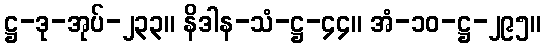
ဋ္ဌ-ဒု-အုပ်-၂၃၃။ နိဒါန-သံ-ဋ္ဌ-၄၄။ အံ-၁၀-ဋ္ဌ-၂၉၅။